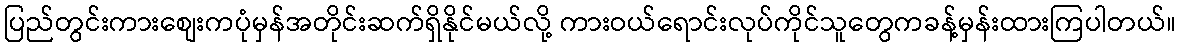
ပြည်တွင်းကားစျေးကပုံမှန်အတိုင်းဆက်ရှိနိုင်မယ်လို့ ကားဝယ်ရောင်းလုပ်ကိုင်သူတွေကခန့်မှန်းထားကြပါတယ်။